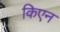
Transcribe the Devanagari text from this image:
किएन